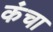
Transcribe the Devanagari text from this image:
कंचा